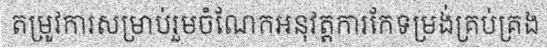
តម្រូវការសម្រាប់រួមចំណែកអនុវត្តការកែទម្រង់គ្រប់គ្រង